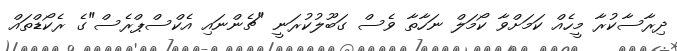
ދިރާސާކުރާ މީހެއް ކަމަށްވާ ކޯމަލް ނަހާތާ ވެސް ގަބޫލުކުރަނީ "ޗެންނައި އެކްސްޕްރެސް"ގެ ރެކޯޑްތައް